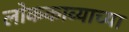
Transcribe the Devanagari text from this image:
लोककाव्याच्या